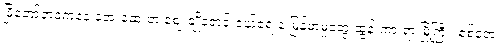
မြို့တော်ဘဝကနေ အေးဆေးတဲ့ ဈေးချိုရောင်းဝယ်ရေးနဲ့ မြန်မာမှုတွေ ထွန်းကားရာ မြို့ကြီး၊ စစ်ဘေး